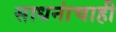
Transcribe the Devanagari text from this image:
साधनांचाही